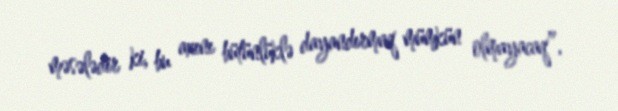
məsələdir ki, bu axını bütünlüklə dayandırmaq mümkün olmayacaq”.